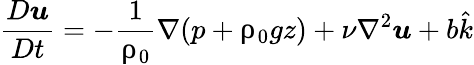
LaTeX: \frac{D\boldsymbol{u}}{Dt}=-\frac{1}{\uprho_{0}}\nabla(p+\uprho_{0}gz)+\nu\nabla^{2}\boldsymbol{u}+b\hat{k}